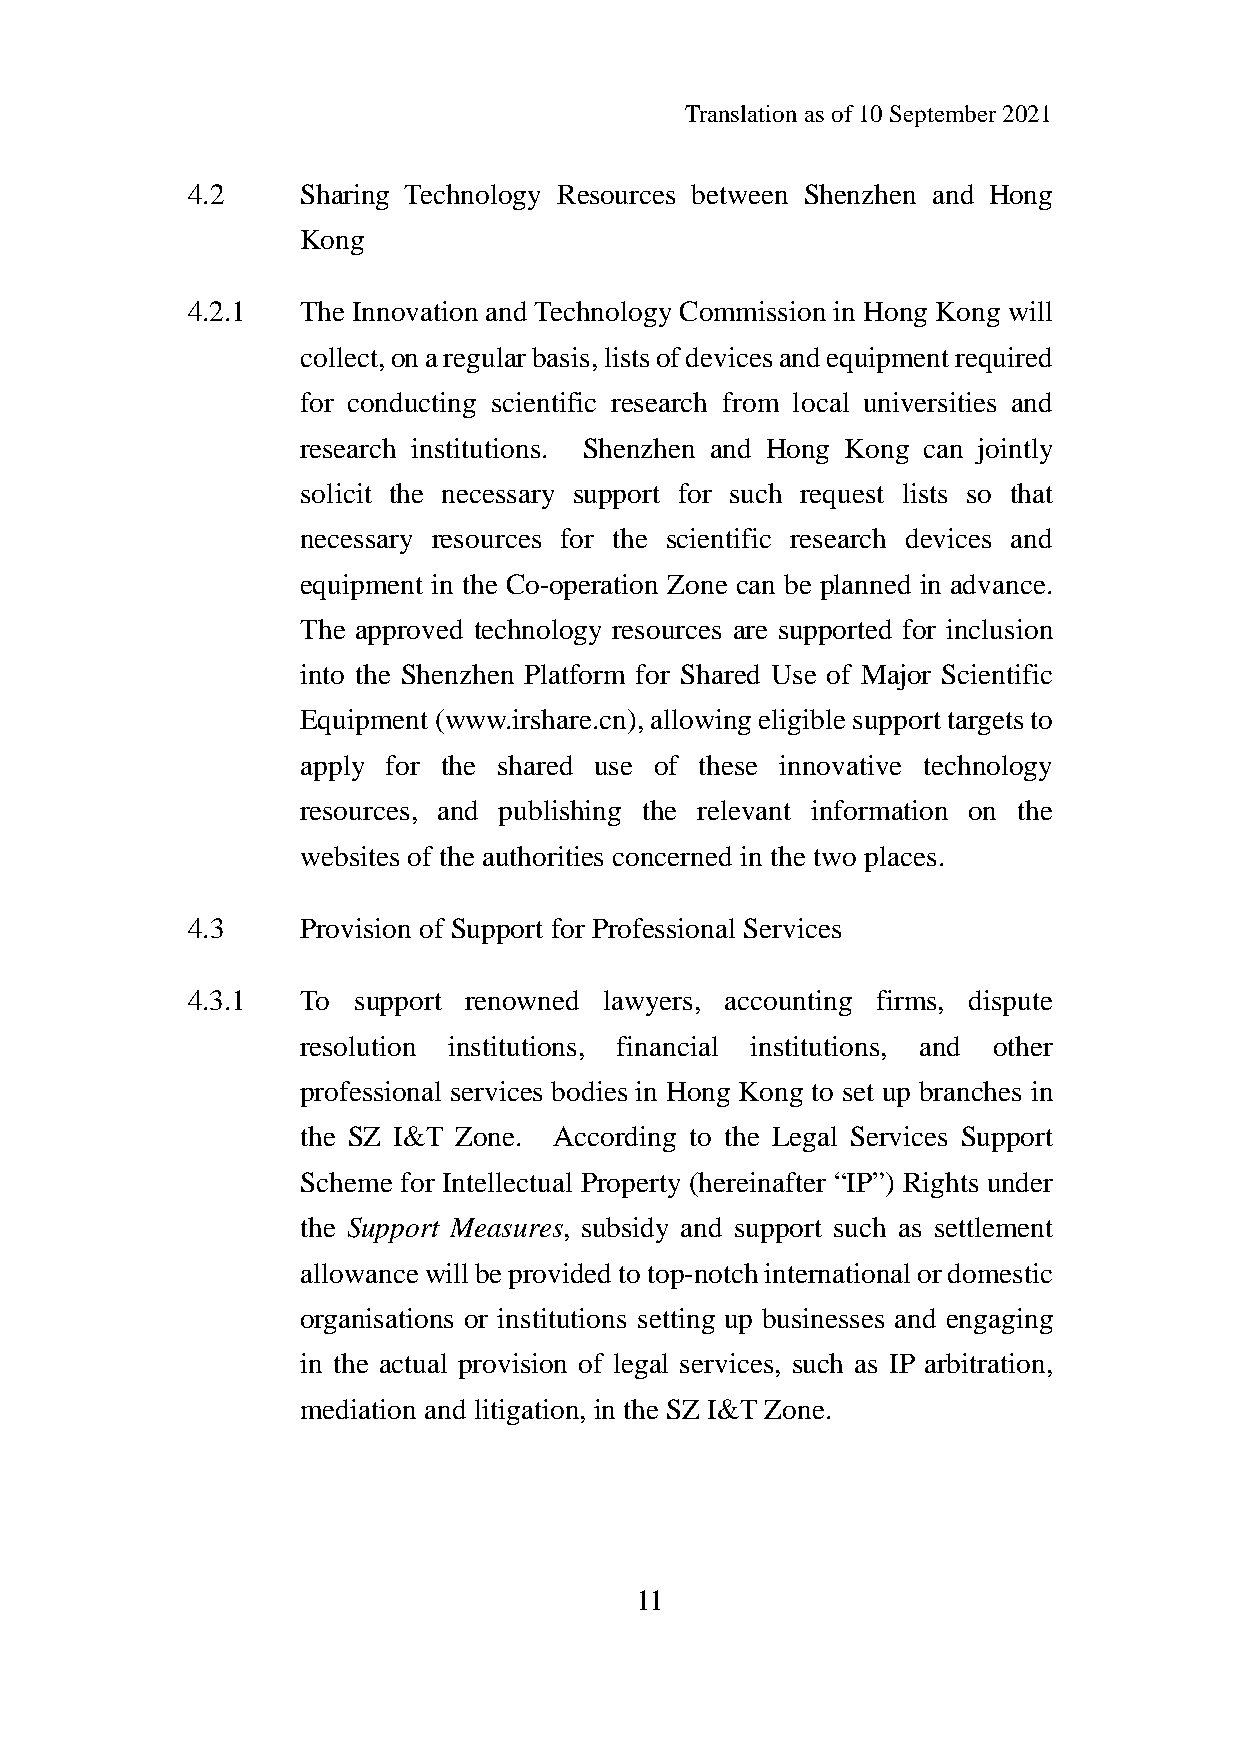
Translation as of 10 September 2021
 4.2     Sharing Technology Resources between Shenzhen and Hong
 Kong
 4.2.1   The Innovation and Technology Commission in Hong Kong will
 collect, on a regular basis, lists of devices and equipment required
 for conducting scientific research from local universities and
 research institutions. Shenzhen and Hong Kong can jointly
 solicit the necessary support for such request lists so that
 necessary resources for the scientific research devices and
 equipment in the Co-operation Zone can be planned in advance.
 The approved technology resources are supported for inclusion
 into the Shenzhen Platform for Shared Use of Major Scientific
 Equipment (www.irshare.cn), allowing eligible support targets to
 apply for the shared use of these innovative technology
 resources, and publishing the relevant information on the
 websites of the authorities concerned in the two places.
 4.3     Provision of Support for Professional Services
 4.3.1   To support renowned lawyers, accounting firms, dispute
 resolution institutions, financial institutions, and other
 professional services bodies in Hong Kong to set up branches in
 the SZ I&T Zone. According to the Legal Services Support
 Scheme for Intellectual Property (hereinafter “IP”) Rights under
 the Support Measures, subsidy and support such as settlement
 allowance will be provided to top-notch international or domestic
 organisations or institutions setting up businesses and engaging
 in the actual provision of legal services, such as IP arbitration,
 mediation and litigation, in the SZ I&T Zone.
 11